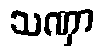
သဏှာ